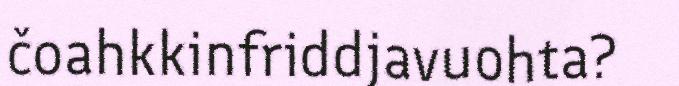
čoahkkinfriddjavuohta?